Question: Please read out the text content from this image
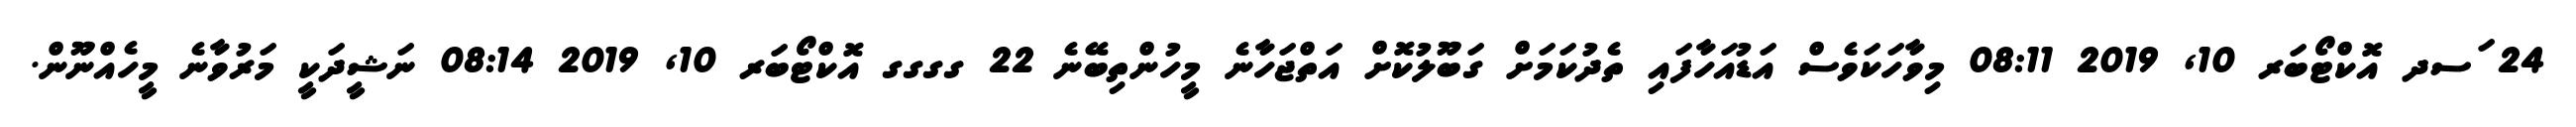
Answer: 24 ަސދ އޮކްޓޯބަރ 10, 2019 08:11 މިވާހަކަވެސް އަޑުއަހާފައި ތެދުކަމަށް ގަބޫލުކޮށް އަތްޖަހާނެ މީހުންތިބޭނެ 22 ގގގގ އޮކްޓޯބަރ 10, 2019 08:14 ނަޝީދަކީ މަރުވާނެ މީހެއްނޫން.